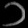
Digit: ၁